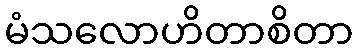
မံသလောဟိတာစိတာ